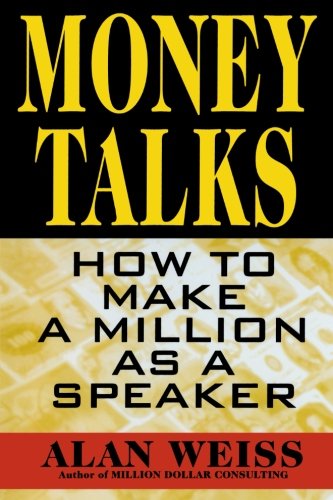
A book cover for Money Talks: How to Make a Million As A Speaker; Alan Weiss; Reference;